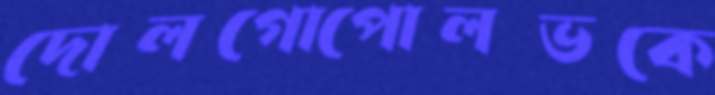
দোলগোপোলভকে